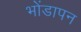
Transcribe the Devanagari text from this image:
भोंडापन